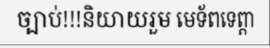
ច្បាប់!!!និយាយរួម មេទ័ពទេព្តា